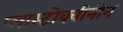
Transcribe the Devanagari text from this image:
प्लास्टोक्वीनोन